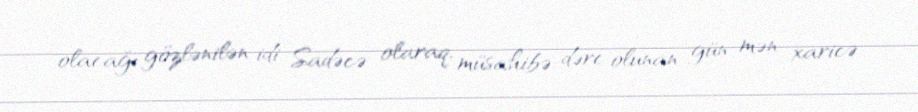
olacağı gözlənilən idi. Sadəcə olaraq, müsahibə dərc olunan gün mən xaricə